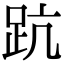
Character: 䟘